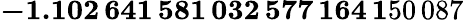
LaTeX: \mathbf{-1.102\, 641\, 581\, 032\, 577\, 164\, 1}50\, 087